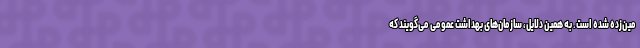
مین‌زده شده است. به همین دلایل، سازمان‌های بهداشت عمومی می‌گویند که